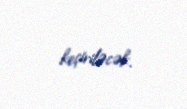
keçiriləcək.